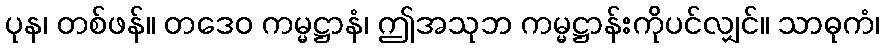
ပုန၊ တစ်ဖန်။ တဒေဝ ကမ္မဋ္ဌာနံ၊ ဤအသုဘ ကမ္မဋ္ဌာန်းကိုပင်လျှင်။ သာဓုကံ၊